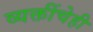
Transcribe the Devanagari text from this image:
व्यक्तींचेही